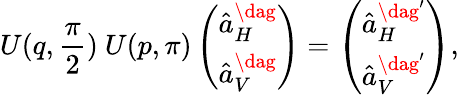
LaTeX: U(q,\frac{\pi}{2})~U(p,\pi)\left(\begin{array}{l}{\hat{a}_{H}^{\dag}}\\ {\hat{a}_{V}^{\dag}}\end{array}\right)=\left(\begin{array}{l}{\hat{a}_{H}^{\dag^{\prime}}}\\ {\hat{a}_{V}^{\dag^{\prime}}}\end{array}\right),